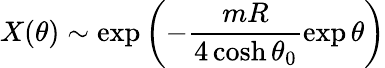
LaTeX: X(\theta)\sim\exp\left(-\frac{mR}{4\cosh\theta_{0}}\exp\theta\right)